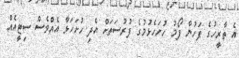
އެ ތާރީހުގެ ފަހުން ފޯމު ހުށަހެޅުމުގެ ފުރުސަތަށް އެދި ހުށަހަޅާ އެއްވެސް ސިޓީއެއް